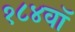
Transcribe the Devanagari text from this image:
१८४वॉ